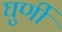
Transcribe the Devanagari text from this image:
घुर्णी